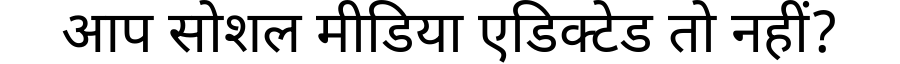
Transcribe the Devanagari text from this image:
आप सोशल मीडिया एडिक्टेड तो नहीं?